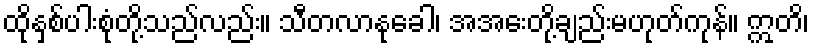
ထိုနှစ်ပါးစုံတို့သည်လည်း။ သီတလာနုခေါ၊ အအေးတို့ချည်းမဟုတ်ကုန်။ ဣတိ၊